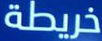
خريطة